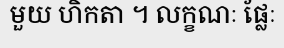
មួយ ហិកតា ។ លក្ខណៈ ផ្លែៈ